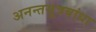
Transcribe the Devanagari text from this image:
अनन्तसूत्रबांधा